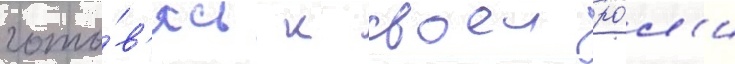
гото́в'ясь к своеи ро́л'и